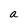
Character: a